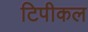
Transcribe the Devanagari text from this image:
टिपीकल